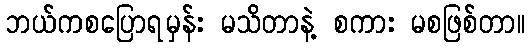
ဘယ်ကစပြောရမှန်း မသိတာနဲ့ စကား မစဖြစ်တာ။